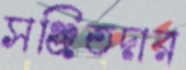
সঞ্জিতদার